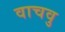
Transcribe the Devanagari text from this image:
वाचवु